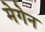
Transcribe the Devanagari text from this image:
मेगेन